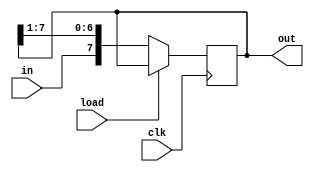
module sipo(
    input clk,
	 input load,
    input in,
    output [7:0] out
    );

	reg [7:0] out;
	always @(posedge clk)	//if load=0, right shift, else do nothing
	begin
		if(load == 0)
			out={in,out[7:1]};
	end
	
endmodule